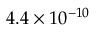
4 . 4 \times 1 0 ^ { - 1 0 }